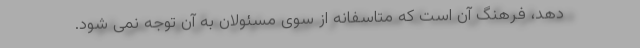
دهد، فرهنگ آن است که متاسفانه از سوی مسئولان به آن توجه نمی شود.